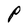
Character: P